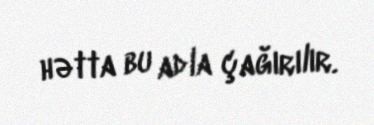
hətta bu adla çağırılır.